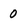
Character: 0